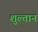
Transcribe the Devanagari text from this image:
शुल्तान